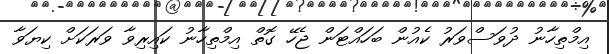
އިމްތިހާނު ދުވަސްވަރު ކެއުން ބަހައްޓަން ޖެހޭ ގޮތް އިމްތިހާނު ކައިރިވާ ވަރަކަށް ކިޔަވާ